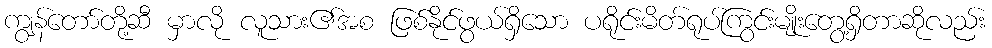
ကျွန်တော်တို့ဆီ မှာလို လူသား၏အစ ဖြစ်နိုင်ဖွယ်ရှိသော ပရိုင်းမိတ်ရုပ်ကြွင်းမျိုးတွေ့ရှိတာဆိုလည်း